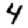
Digit: 4